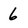
Character: 6